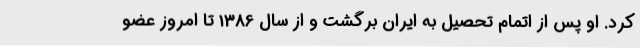
کرد. او پس از اتمام تحصیل به ایران برگشت و از سال 1386 تا امروز عضو